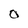
Character: O